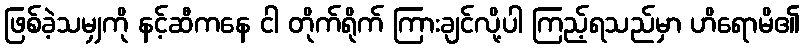
ဖြစ်ခဲ့သမျှကို နင့်ဆီကနေ ငါ တိုက်ရိုက် ကြားချင်လို့ပါ ကြည့်ရသည်မှာ ဟိရောမိ၏